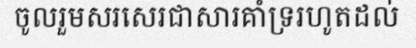
ចូលរួមសរសេរជាសារគាំទ្ររហូតដល់